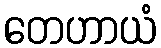
တေဟာယံ